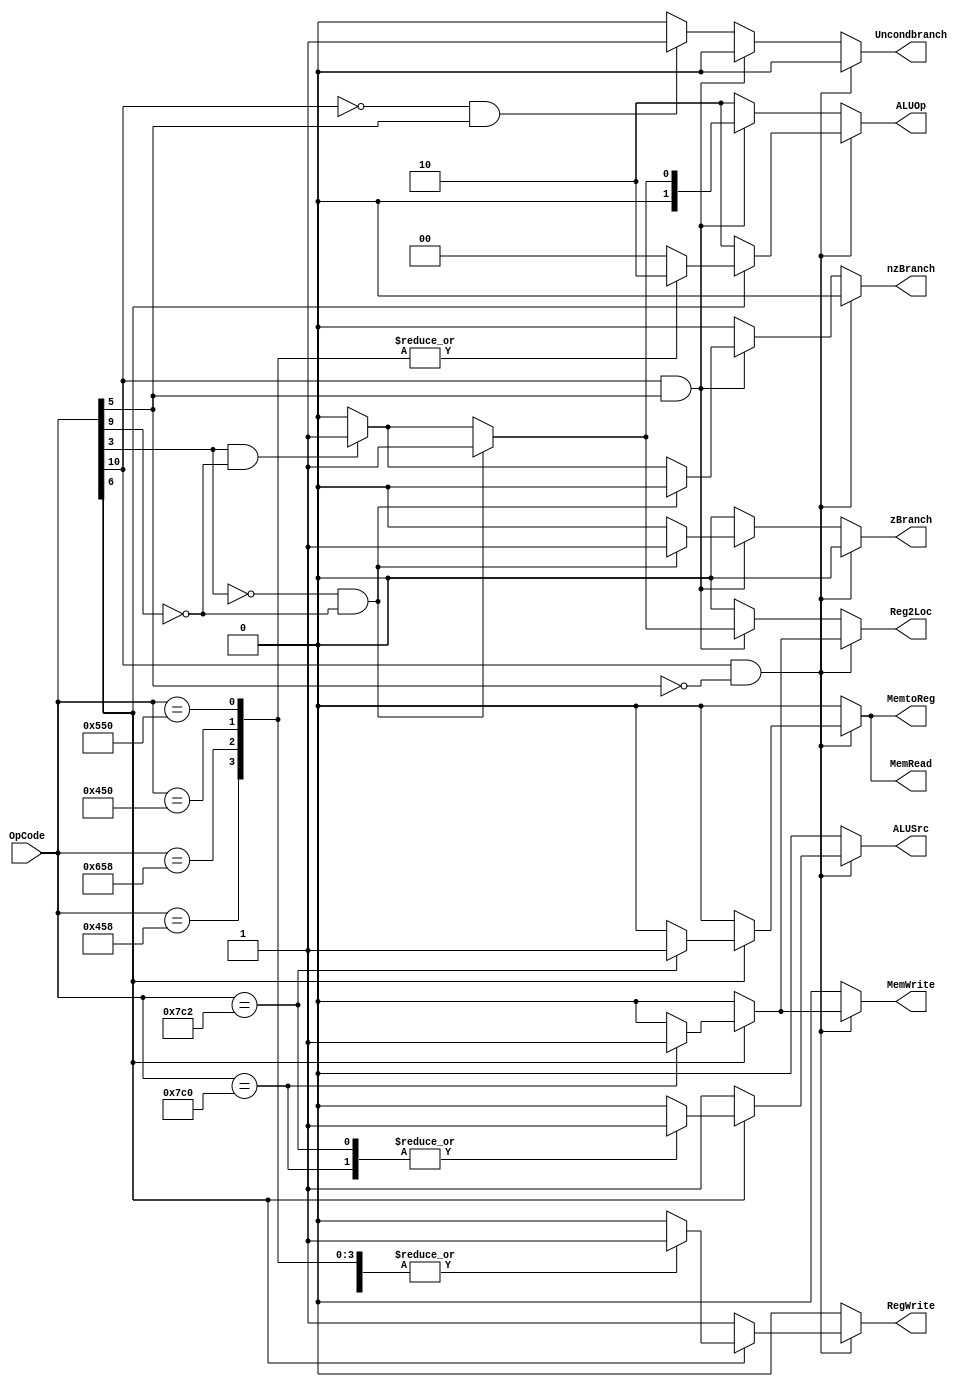
module Control(OpCode, Reg2Loc, Uncondbranch, nzBranch, zBranch, MemRead, MemtoReg, ALUOp, MemWrite, ALUSrc, RegWrite);
	input [10:0] OpCode;
	
	//control signals
	output reg [1:0] ALUOp;
	output reg Reg2Loc, Uncondbranch, nzBranch, zBranch, MemRead, MemtoReg, MemWrite, ALUSrc, RegWrite;
	
	//setting control signals
	always @(OpCode)
	begin
		if((OpCode[10] == 1) && (OpCode[5] == 0)) begin //R-type, D-type, or I-Type if instruction[31] = 1 and instruction[26] = 0
			if (OpCode[6] == 1) begin //if OpCode[6] == 1 then D-Type or R-Type
				case (OpCode)
					1112: begin Reg2Loc <= 0; Uncondbranch <= 0; nzBranch <= 0; zBranch <= 0; MemRead <= 0; MemtoReg <= 0; ALUOp <= 2; MemWrite <= 0; ALUSrc <= 0; RegWrite <= 1; end	//ADD
					1624: begin Reg2Loc <= 0; Uncondbranch <= 0; nzBranch <= 0; zBranch <= 0; MemRead <= 0; MemtoReg <= 0; ALUOp <= 2; MemWrite <= 0; ALUSrc <= 0; RegWrite <= 1; end	//SUB
					1104: begin Reg2Loc <= 0; Uncondbranch <= 0; nzBranch <= 0; zBranch <= 0; MemRead <= 0; MemtoReg <= 0; ALUOp <= 2; MemWrite <= 0; ALUSrc <= 0; RegWrite <= 1; end	//AND
					1360: begin Reg2Loc <= 0; Uncondbranch <= 0; nzBranch <= 0; zBranch <= 0; MemRead <= 0; MemtoReg <= 0; ALUOp <= 2; MemWrite <= 0; ALUSrc <= 0; RegWrite <= 1; end	//ORR
					1986: begin Reg2Loc <= 0; Uncondbranch <= 0; nzBranch <= 0; zBranch <= 0; MemRead <= 1; MemtoReg <= 1; ALUOp <= 0; MemWrite <= 0; ALUSrc <= 1; RegWrite <= 1; end	//LDUR
					1984: begin Reg2Loc <= 1; Uncondbranch <= 0; nzBranch <= 0; zBranch <= 0; MemRead <= 0; MemtoReg <= 0; ALUOp <= 0; MemWrite <= 1; ALUSrc <= 1; RegWrite <= 0; end	//STUR
					default : begin Reg2Loc <= 0; Uncondbranch <= 0; nzBranch <= 0; zBranch <= 0; MemRead <= 0; MemtoReg <= 0; ALUOp <= 0; MemWrite <= 0; ALUSrc <= 0; RegWrite <= 0; end //nothing
				endcase
			end
			
			else begin //if OpCode [6] == 0 then I-Type
				Reg2Loc <= 0; Uncondbranch <= 0; nzBranch <= 0; zBranch <= 0; MemRead <= 0; MemtoReg <= 0; ALUOp <= 2; MemWrite <= 0; ALUSrc <= 1; RegWrite <= 1; //ADDI
			end
		end
		
		else if((OpCode[10] == 1) && (OpCode[5] == 1)) begin  //CBZ, CBNZ, and NO-OP
			if(OpCode[3] == 0 && OpCode[9] == 0) begin //CBZ
				Reg2Loc <= 1; Uncondbranch <= 0; nzBranch <= 0; zBranch <= 1; MemRead <= 0; MemtoReg <= 0; ALUOp <= 1; MemWrite <= 0; ALUSrc <= 0; RegWrite <= 0;
			end
			
			else if(OpCode[3] == 1 && OpCode[9] == 0)begin // CBNZ
				Reg2Loc <= 1; Uncondbranch <= 0; nzBranch <= 1; zBranch <= 0; MemRead <= 0; MemtoReg <= 0; ALUOp <= 1; MemWrite <= 0; ALUSrc <= 0; RegWrite <= 0;
			end
			
			else begin //no-op
				Reg2Loc <= 0; Uncondbranch <= 0; nzBranch <= 0; zBranch <= 0; MemRead <= 0; MemtoReg <= 0; ALUOp <= 0; MemWrite <= 0; ALUSrc <= 0; RegWrite <= 0;
			end
		end
		
		else if((OpCode[10] == 0) && (OpCode[5] == 1)) begin //Unconditional Branch if Instruction[31] = 0 and Instruction[26] = 1
			Reg2Loc <= 0; Uncondbranch <= 1; nzBranch <= 0; zBranch <= 0; MemRead <= 0; MemtoReg <= 0; ALUOp <= 2; MemWrite <= 0; ALUSrc <= 0; RegWrite <= 0;
		end
		else begin
			Reg2Loc <= 0; Uncondbranch <= 0; nzBranch <= 0; zBranch <= 0; MemRead <= 0; MemtoReg <= 0; ALUOp <= 2; MemWrite <= 0; ALUSrc <= 0; RegWrite <= 0;
		end
	end
endmodule